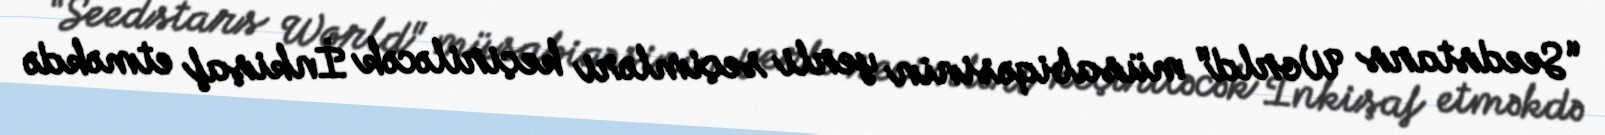
“Seedstars World" müsabiqəsinin yerli seçimləri keçiriləcək İnkişaf etməkdə